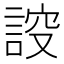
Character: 𧨠